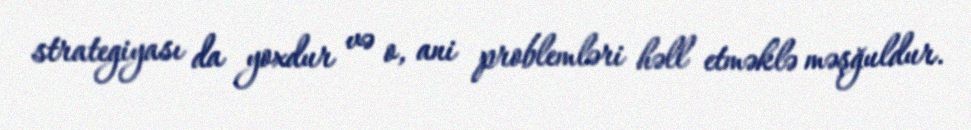
strategiyası da yoxdur və o, ani problemləri həll etməklə məşğuldur.